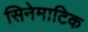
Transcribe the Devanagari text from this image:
सिनेमाटिक